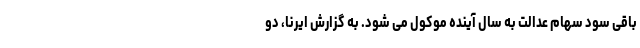
باقی سود سهام عدالت به سال آینده موکول می شود. به گزارش ایرنا، دو